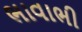
ભાવાભી